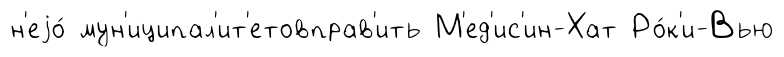
н'еjо́ мун'иципал'ит'етовправ'ить М'ед'ис'ин-Хат Ро́к'и-Вью